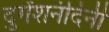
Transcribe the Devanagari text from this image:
दुगेंशनंदिनी